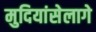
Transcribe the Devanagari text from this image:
मुदियांसेलागे